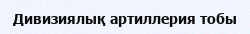
Дивизиялық артиллерия тобы